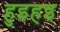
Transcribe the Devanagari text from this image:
हुइहइ